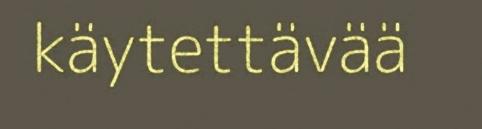
käytettävää